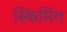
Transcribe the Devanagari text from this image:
स्किमिंग